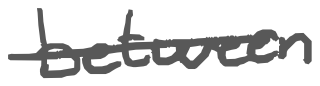
Text: between
Cross-out: single-line
Writing tool: digital_gray